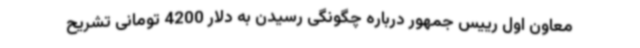
معاون اول رییس جمهور درباره‌ چگونگی رسیدن به دلار 4200 تومانی تشریح